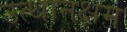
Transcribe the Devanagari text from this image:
उत्थानक्षम